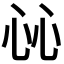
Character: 𢗰